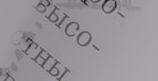
أفضل الحلويات الشرقية و ا